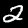
Label: 2